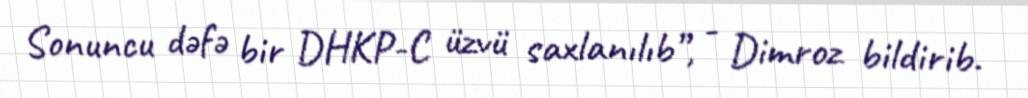
Sonuncu dəfə bir DHKP-C üzvü saxlanılıb”, - Dimroz bildirib.